Indian journal of veterinary science and animal husbandry - Volume 11,
Year: 1941
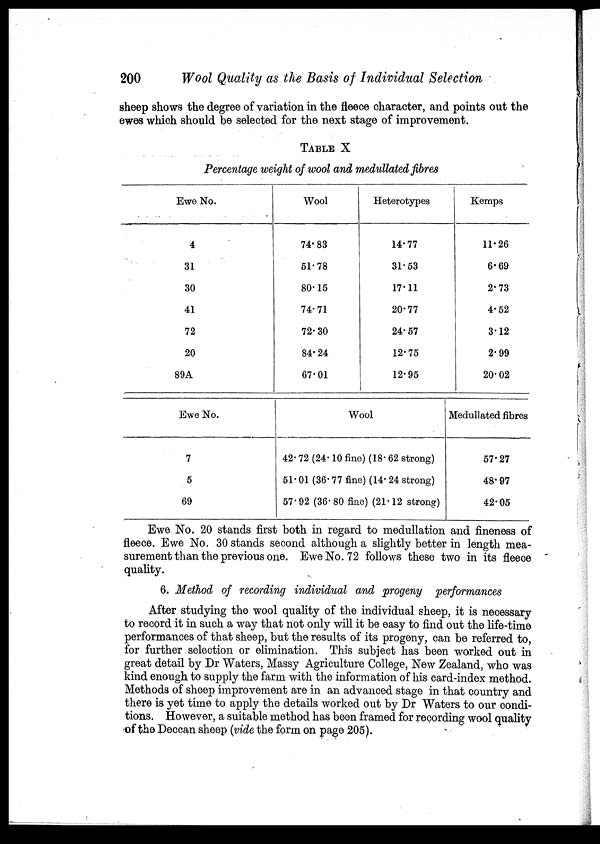
200
Wool Quality as the Basis of Individual Selection
sheep shows the degree of variation in the fleece character, and points out the
ewes which should be selected for the next stage of improvement.
TABLE X
Percentage weight of wool and medullated fibres
Ewe No.
4
31
30
41
72
20
89A
Ewe No.
7
5
69
Wool
74.83
51.78
80.15
74.71
72.30
84.24
67.01
Heterotypes
14.77
31.53
17.11
20.77
24.57
12.75
12.95
Wool
42.72 (24.10 fine) (18.62 strong)
51.01 (36.77 fine) (14.24 strong)
57.92 (36. 80 fine) (21.12 strong)
Kemps
11.26
6.69
2.73
4.52
3.12
2.99
20. 02
Medullated fibres
57.27
48.97
42.05
Ewe No. 20 stands first both in regard to medullation and fineness of
fleece. Ewe No. 30 stands second although a slightly better in length mea-
surement than the previous one. Ewe No. 72 follows these two in its fleece
quality.
6. Method of recording individual and progeny performances
After studying the wool quality of the individual sheep, it is necessary
to record it in such a way that not only will it be easy to find out the life-time
performances of that sheep, but the results of its progeny, can be referred to,
for further selection or elimination. This subject has been worked out in
great detail by Dr Waters, Massy Agriculture College, New Zealand, who was
kind enough to supply the farm with the information of his card-index method.
Methods of sheep improvement are in an advanced stage in that country and
there is yet time to apply the details worked out by Dr Waters to our condi-
tions. However, a suitable method has been framed for recording wool quality
of the Deccan sheep (vide the form on page 205).